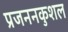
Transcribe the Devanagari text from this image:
प्रजननकुशल